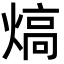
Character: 熇